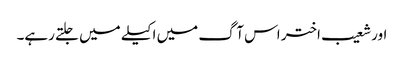
اور شعیب اختر اس آگ میں اکیلے میں جلتے رہے۔